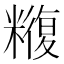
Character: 𮇼